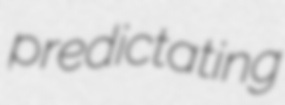
predictating